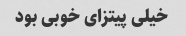
خیلی پیتزای خوبی بود